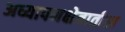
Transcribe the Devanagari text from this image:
अध्यापनक्षेत्रातील